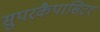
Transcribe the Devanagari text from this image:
सुपरकैपासिटर